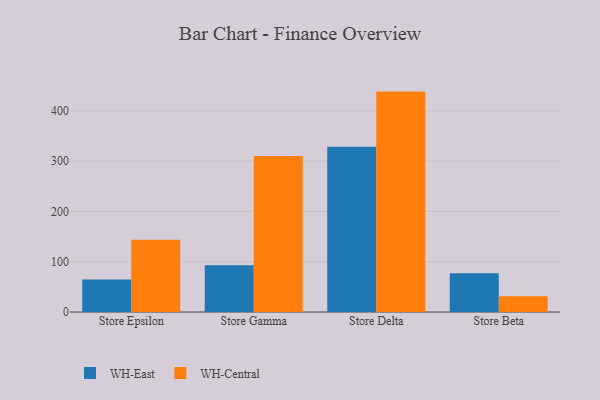
{"axis": {"x": "Store", "y": "Backlog"}, "legend": ["WH-Central", "WH-East"], "data": [{"x": "Store Epsilon", "y": 64.7, "type": "WH-East"}, {"x": "Store Epsilon", "y": 143.7, "type": "WH-Central"}, {"x": "Store Gamma", "y": 92.8, "type": "WH-East"}, {"x": "Store Gamma", "y": 309.9, "type": "WH-Central"}, {"x": "Store Delta", "y": 328.3, "type": "WH-East"}, {"x": "Store Delta", "y": 438.1, "type": "WH-Central"}, {"x": "Store Beta", "y": 77.1, "type": "WH-East"}, {"x": "Store Beta", "y": 31.4, "type": "WH-Central"}]}